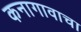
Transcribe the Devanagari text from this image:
कनागावाचा